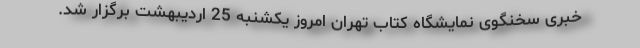
خبری سخنگوی نمایشگاه کتاب تهران امروز یکشنبه 25 اردیبهشت برگزار شد.